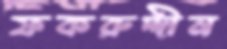
ফকরুদ্দীন